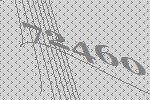
72460